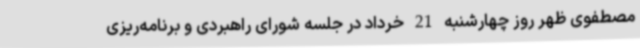
مصطفوی ظهر روز چهارشنبه 21 خرداد در جلسه شورای راهبردی و برنامه‌ریزی